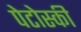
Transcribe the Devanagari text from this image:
पेटोस्की